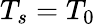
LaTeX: T_{s}=T_{0}